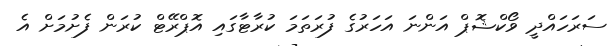
ސަރަހައްދީ ވޯކްޝޮޕް އަންނަ އަހަރުގެ ފުރަތަމަ ކުރާޓާގައި އޮޕްރޭޓް ކުރަން ފެށުމަށް އެ